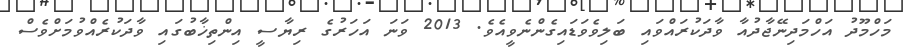
މަހްމޫދު އަހްމަދިނޭޖާދުއާ ވާދަކުރައްވައި ބަލިވެވަޑައިގެންނެވީއެވެ. 2013 ވަނަ އަހަރުގެ ރިޔާސީ އިންތިޚާބުގައި ވާދަކުރެއްވުމަށްވެސް